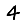
Digit: 4